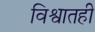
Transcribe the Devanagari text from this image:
विश्वातही